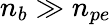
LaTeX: n_{b}\gg n_{pe}